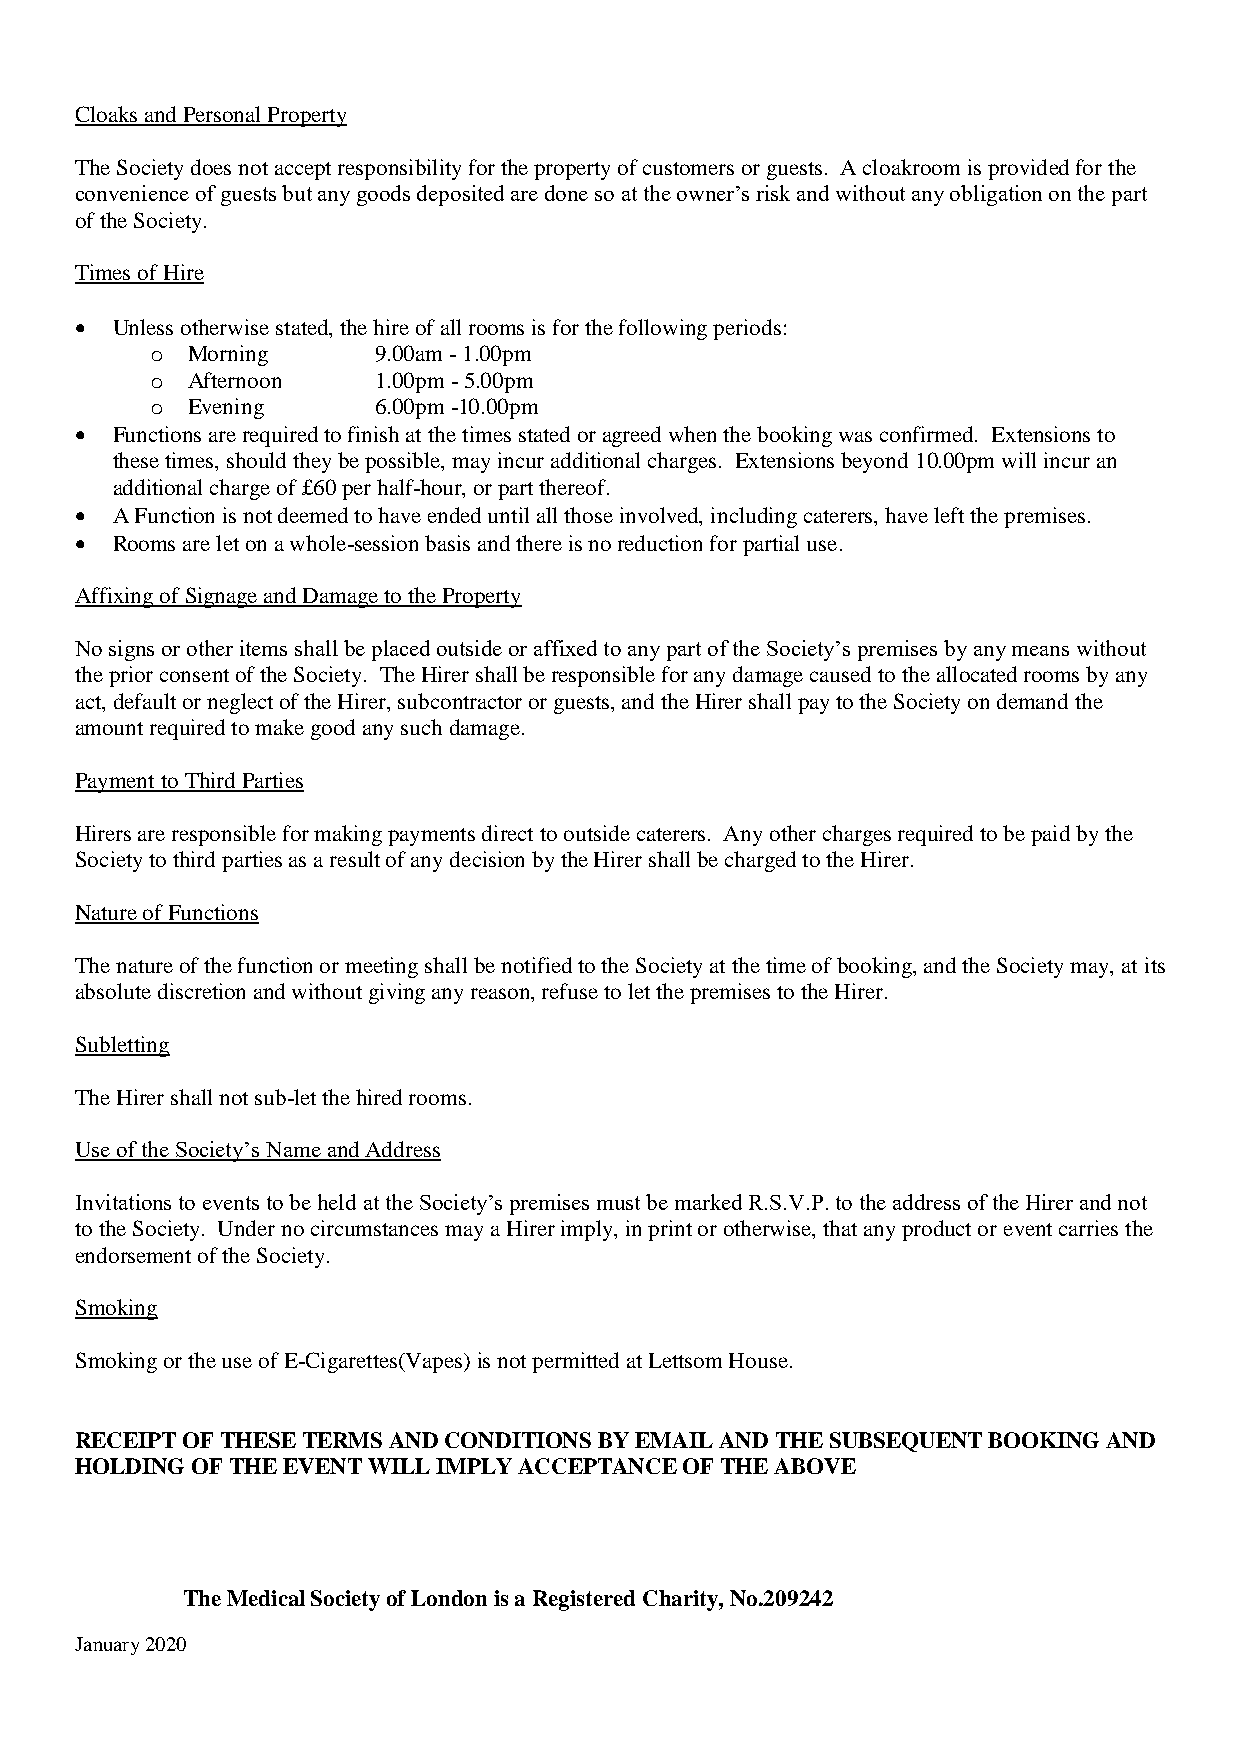
Cloaks and Personal Property
 The Society does not accept responsibility for the property of customers or guests. A cloakroom is provided for the
 convenience of guests but any goods deposited are done so at the owner’s risk and without any obligation on the part
 of the Society.
 Times of Hire
  Unless otherwise stated, the hire of all rooms is for the following periods:
 o Morning      9.00am - 1.00pm
 o Afternoon    1.00pm - 5.00pm
 o Evening      6.00pm -10.00pm
  Functions are required to finish at the times stated or agreed when the booking was confirmed. Extensions to
 these times, should they be possible, may incur additional charges. Extensions beyond 10.00pm will incur an
 additional charge of £60 per half-hour, or part thereof.
  A Function is not deemed to have ended until all those involved, including caterers, have left the premises.
  Rooms are let on a whole-session basis and there is no reduction for partial use.
 Affixing of Signage and Damage to the Property
 No signs or other items shall be placed outside or affixed to any part of the Society’s premises by any means without
 the prior consent of the Society. The Hirer shall be responsible for any damage caused to the allocated rooms by any
 act, default or neglect of the Hirer, subcontractor or guests, and the Hirer shall pay to the Society on demand the
 amount required to make good any such damage.
 Payment to Third Parties
 Hirers are responsible for making payments direct to outside caterers. Any other charges required to be paid by the
 Society to third parties as a result of any decision by the Hirer shall be charged to the Hirer.
 Nature of Functions
 The nature of the function or meeting shall be notified to the Society at the time of booking, and the Society may, at its
 absolute discretion and without giving any reason, refuse to let the premises to the Hirer.
 Subletting
 The Hirer shall not sub-let the hired rooms.
 Use of the Society’s Name and Address
 Invitations to events to be held at the Society’s premises must be marked R.S.V.P. to the address of the Hirer and not
 to the Society. Under no circumstances may a Hirer imply, in print or otherwise, that any product or event carries the
 endorsement of the Society.
 Smoking
 Smoking or the use of E-Cigarettes(Vapes) is not permitted at Lettsom House.
 RECEIPT OF THESE TERMS AND CONDITIONS BY EMAIL AND THE SUBSEQUENT BOOKING AND
 HOLDING OF THE EVENT WILL IMPLY ACCEPTANCE OF THE ABOVE
 The Medical Society of London is a Registered Charity, No.209242
 January 2020